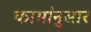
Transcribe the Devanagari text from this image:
कामांनुसार